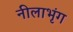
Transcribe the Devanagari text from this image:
नीलाभृंग